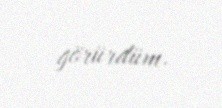
görürdüm.